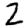
Digit: 2